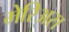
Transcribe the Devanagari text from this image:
मेरिअस